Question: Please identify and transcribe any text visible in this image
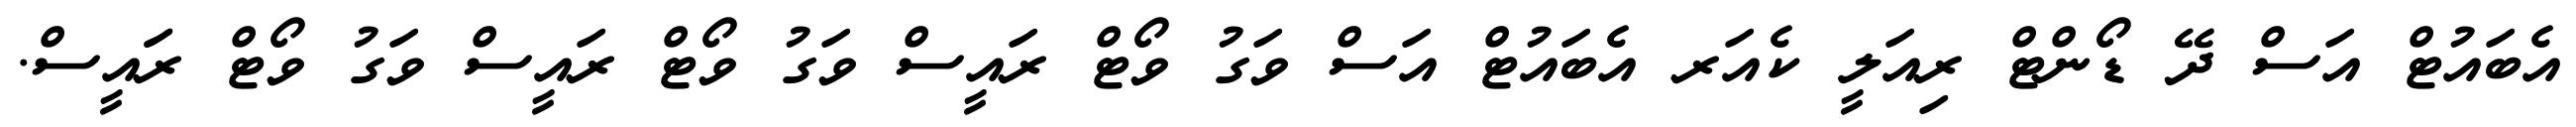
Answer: އެބައުޓް އަސް ދޭ ޑޯންޓް ރިއަލީ ކެއަރ އެބައުޓް އަސް ވަގު ވޯޓް ރައީސް ވަގު ވޯޓް ރައީސް ވަގު ވޯޓް ރަައީސް.